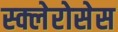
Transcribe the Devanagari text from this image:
स्क्लेरोसेस